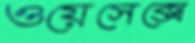
ওয়েসেক্সে